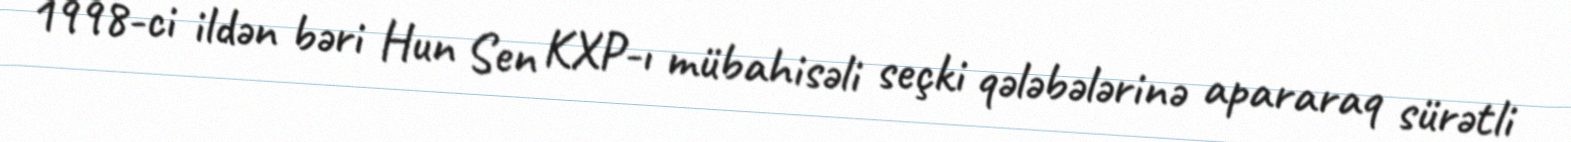
1998-ci ildən bəri Hun Sen KXP-ı mübahisəli seçki qələbələrinə apararaq sürətli